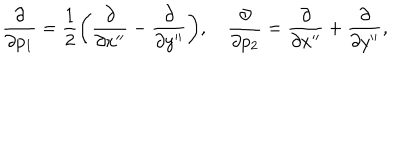
{ \frac { \partial } { \partial p _ { 1 } } } = { \frac { 1 } { 2 } } \biggl ( { \frac { \partial } { \partial x ^ { \prime \prime } } } - { \frac { \partial } { \partial y ^ { \prime \prime } } } \biggr ) , \quad { \frac { \partial } { \partial p _ { 2 } } } = { \frac { \partial } { \partial x ^ { \prime \prime } } } + { \frac { \partial } { \partial y ^ { \prime \prime } } } ,